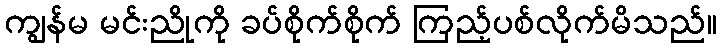
ကျွန်မ မင်းညိုကို ခပ်စိုက်စိုက် ကြည့်ပစ်လိုက်မိသည်။